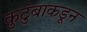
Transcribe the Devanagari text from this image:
कुटुंबाकडून